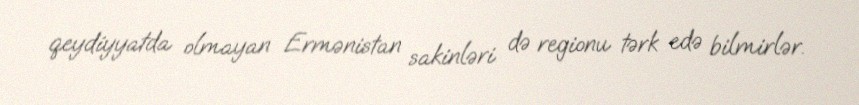
qeydiyyatda olmayan Ermənistan sakinləri də regionu tərk edə bilmirlər.